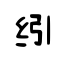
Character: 纼